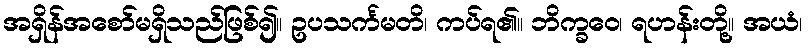
အရှိန်အစော်မရှိသည်ဖြစ်၍။ ဥပသင်္ကမတိ၊ ကပ်ရ၏။ ဘိက္ခဝေ၊ ရဟန်းတို့။ အယံ၊